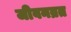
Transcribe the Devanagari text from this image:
जीवनव्रत